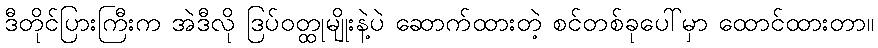
ဒီတိုင်ပြားကြီးက အဲဒီလို ဒြပ်ဝတ္ထုမျိုးနဲ့ပဲ ဆောက်ထားတဲ့ စင်တစ်ခုပေါ်မှာ ထောင်ထားတာ။